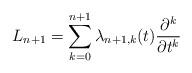
LaTeX: \begin{align*}L_{n+1}=\sum_{k=0}^{n+1}\lambda_{n+1,k}(t)\frac{\partial^k}{\partial t^k}\end{align*}